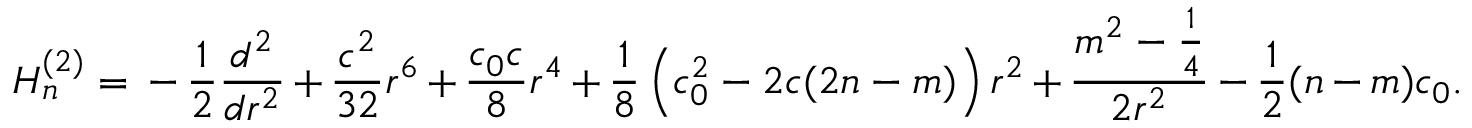
{ \cal H } _ { n } ^ { ( 2 ) } = { } - \frac 1 2 \frac { d ^ { 2 } } { d r ^ { 2 } } + \frac { c ^ { 2 } } { 3 2 } r ^ { 6 } + \frac { c _ { 0 } c } 8 r ^ { 4 } + \frac 1 8 \left( c _ { 0 } ^ { 2 } - 2 c ( 2 n - m ) \right) r ^ { 2 } + \frac { m ^ { 2 } - \frac 1 4 } { 2 r ^ { 2 } } - \frac 1 2 ( n - m ) c _ { 0 } .